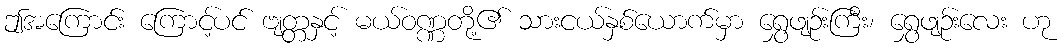
ဤအကြောင်း ကြောင့်ပင် ဗျတ္တနှင့် မယ်ဝဏ္ဏတို့၏ သားငယ်နှစ်ယောက်မှာ ရွှေဖျဉ်းကြီး၊ ရွှေဖျဉ်းလေး ဟု